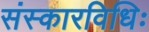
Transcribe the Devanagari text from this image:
संस्कारविधिः